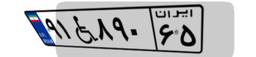
۹۱W۸۹۰۶۵